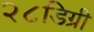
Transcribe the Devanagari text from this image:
२८डिग्री